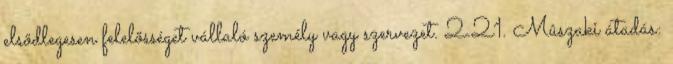
elsõdlegesen felelõsséget vállaló személy vagy szervezet. 2.21. Mûszaki átadás: